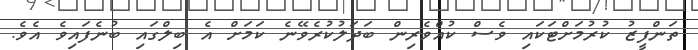
ތަންފީޒު ކުރުމަށްޓަކައި ވެސް ކުއްވެރިން ބަދަލުކުރެވޭނެ ކަމަށް އެ ބިލްގައި ބުނެފައިވެ އެވެ.